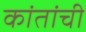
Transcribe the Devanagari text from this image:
कांतांची